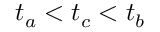
t _ { a } < t _ { c } < t _ { b }